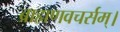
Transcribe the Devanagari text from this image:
ब्राह्मणवचर्सम्।